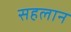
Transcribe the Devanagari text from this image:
सहलान